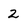
Character: 2